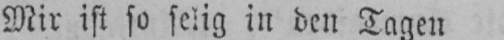
Mir ist so selig in den Tagen